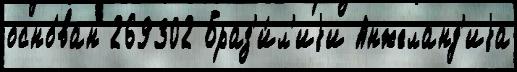
осно́ван 269302 Браз'и́л'иjи Анжеланд'иjа